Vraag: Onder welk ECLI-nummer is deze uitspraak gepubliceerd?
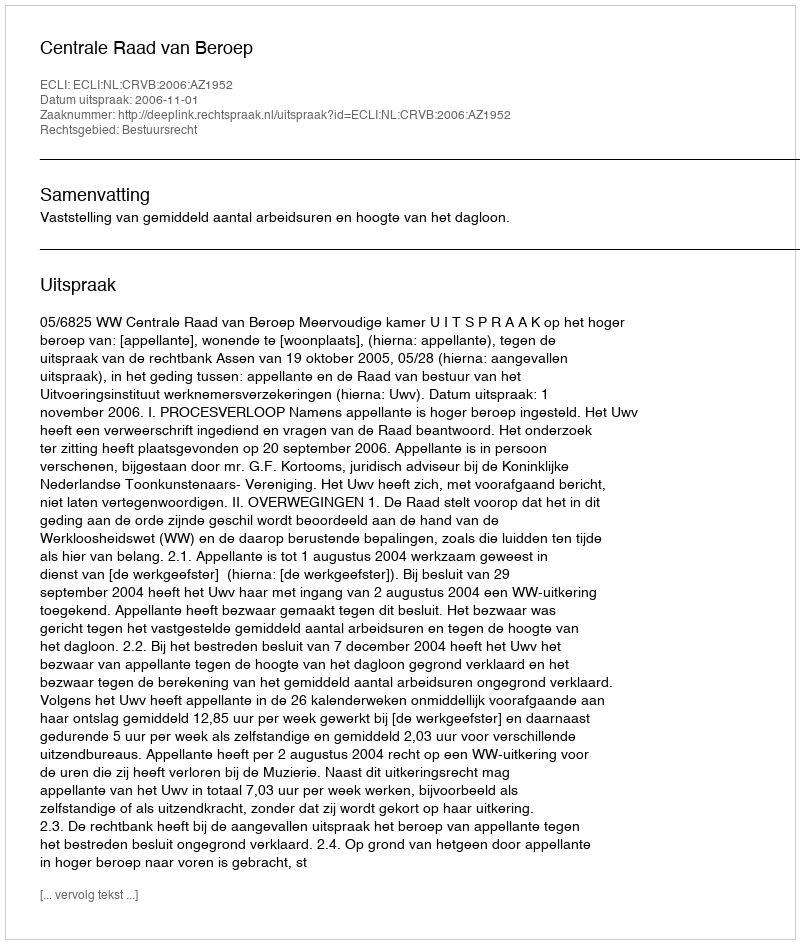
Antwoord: ECLI:NL:CRVB:2006:AZ1952